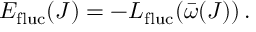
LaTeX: E _ { \mathrm { f l u c } } ( J ) = - L _ { \mathrm { f l u c } } ( \bar { \omega } ( J ) ) \, .